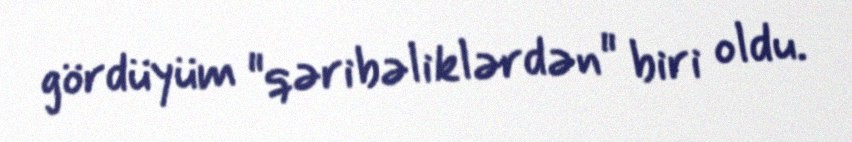
gördüyüm "qəribəliklərdən" biri oldu.